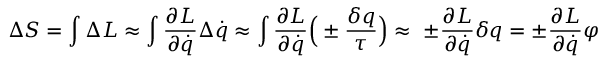
\Delta S = \int \Delta L \approx \int { \frac { \partial L } { \partial { \dot { q } } } } \Delta { \dot { q } } \approx \int { \frac { \partial L } { \partial { \dot { q } } } } { \Bigl ( } \pm { \frac { \delta q } { \tau } } { \Bigr ) } \approx \ \pm { \frac { \partial L } { \partial { \dot { q } } } } \delta q = \pm { \frac { \partial L } { \partial { \dot { q } } } } \varphi